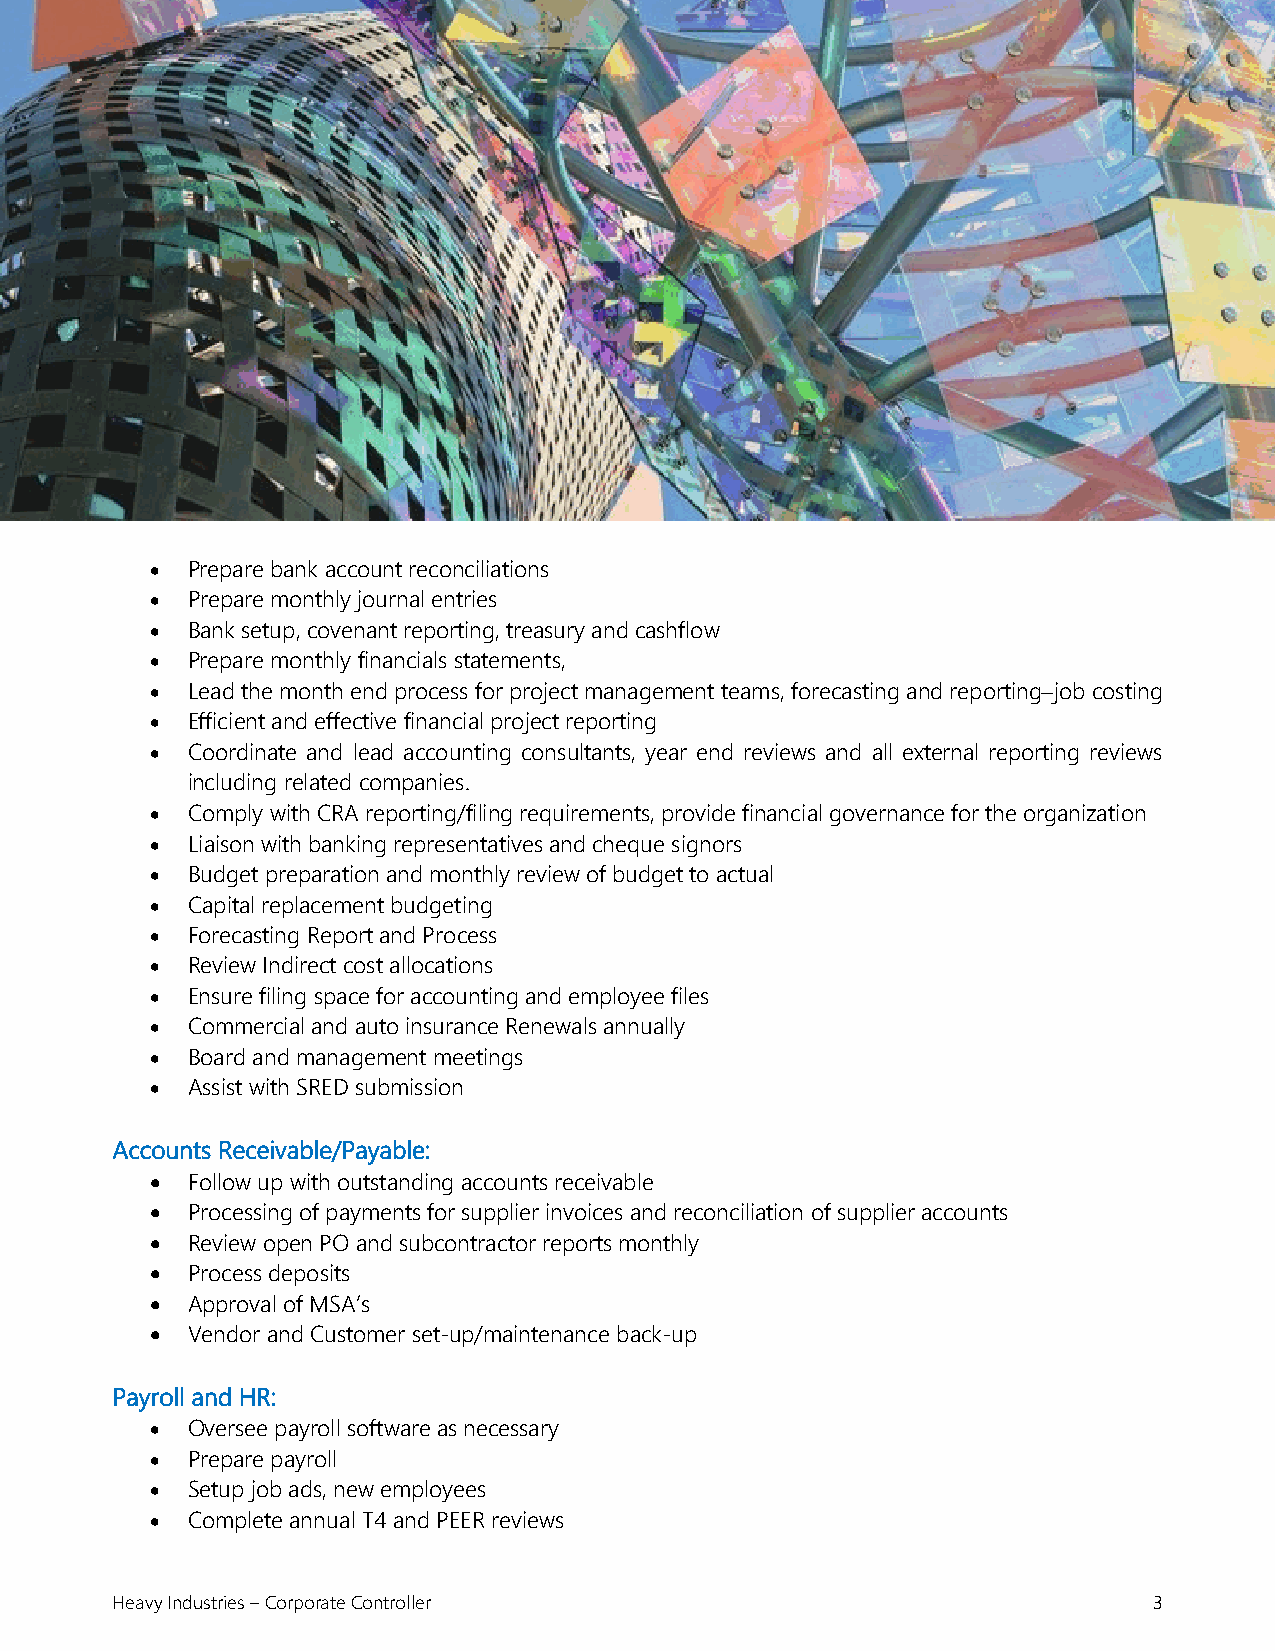
• Prepare bank account reconciliations
 • Prepare monthly journal entries
 • Bank setup, covenant reporting, treasury and cashflow
 • Prepare monthly financials statements,
 • Lead the month end process for project management teams, forecasting and reporting−job costing
 • Efficient and effective financial project reporting
 • Coordinate and lead accounting consultants, year end reviews and all external reporting reviews
 including related companies.
 • Comply with CRA reporting/filing requirements, provide financial governance for the organization
 • Liaison with banking representatives and cheque signors
 • Budget preparation and monthly review of budget to actual
 • Capital replacement budgeting
 • Forecasting Report and Process
 • Review Indirect cost allocations
 • Ensure filing space for accounting and employee files
 • Commercial and auto insurance Renewals annually
 • Board and management meetings
 • Assist with SRED submission
 Accounts Receivable/Payable:
 • Follow up with outstanding accounts receivable
 • Processing of payments for supplier invoices and reconciliation of supplier accounts
 • Review open PO and subcontractor reports monthly
 • Process deposits
 • Approval of MSA’s
 • Vendor and Customer set-up/maintenance back-up
 Payroll and HR:
 • Oversee payroll software as necessary
 • Prepare payroll
 • Setup job ads, new employees
 • Complete annual T4 and PEER reviews
 Heavy Industries – Corporate Controller                              3